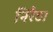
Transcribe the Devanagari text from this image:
निरैठा